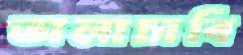
তালাচাবি